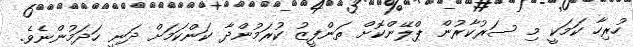
ހުރިހާ ކަމަކީ މި ސަރުކާރުން ޕްލޭންކޮށް ތަންފީޒު ކުރަމުންދާ ކަންކަމަށް ދަނީ ހަދަމުންނެވެ.